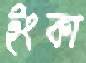
ইংকা